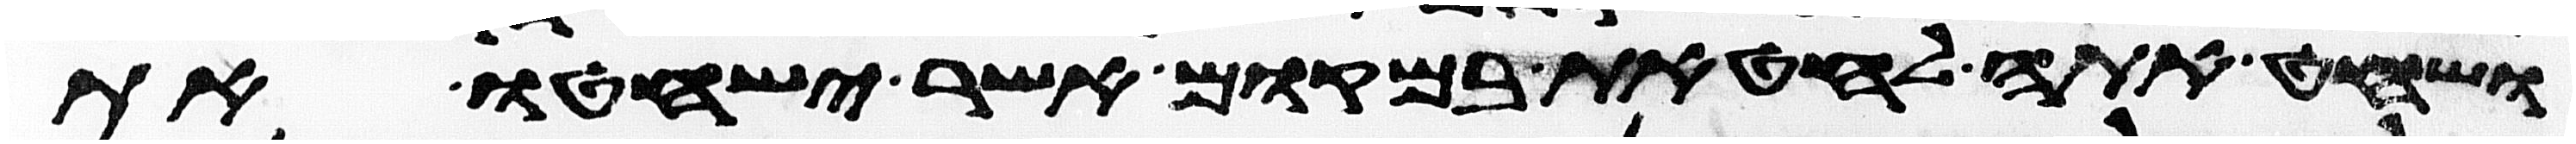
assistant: ושחט אתה לחטאת במקום אשר ישחטו את